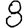
Digit: 8